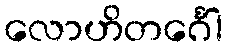
လောဟိတင်္ဂေါ